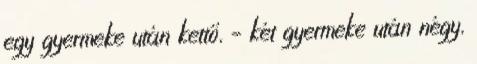
egy gyermeke után kettő, – két gyermeke után négy,